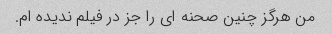
من هرگز چنین صحنه ای را جز در فیلم ندیده ام.